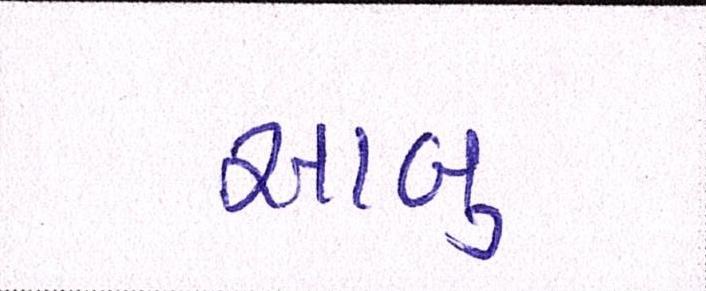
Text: સાબુ